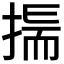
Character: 𢰚